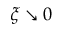
\xi \searrow 0